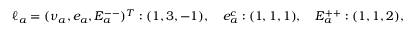
\ell _ { a } = ( \nu _ { a } , e _ { a } , E _ { a } ^ { -- } ) ^ { T } : ( 1 , 3 , - 1 ) , \quad e _ { a } ^ { c } : ( 1 , 1 , 1 ) , \quad E _ { a } ^ { + + } : ( 1 , 1 , 2 ) ,